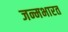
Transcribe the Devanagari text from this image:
जन्मभारत